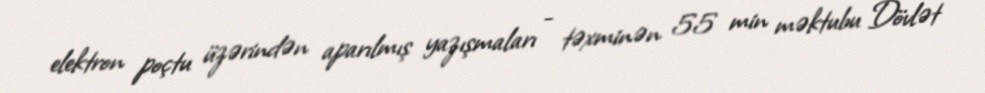
elektron poçtu üzərindən aparılmış yazışmaları - təxminən 55 min məktubu Dövlət